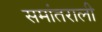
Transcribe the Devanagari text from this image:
समांतराली